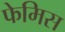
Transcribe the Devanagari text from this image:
फेमिस